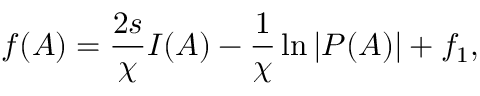
f ( A ) = \frac { 2 s } { \chi } I ( A ) - \frac { 1 } { \chi } \ln { | P ( A ) | } + f _ { 1 } ,